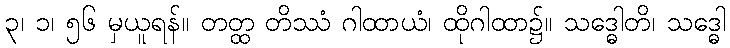
၃၊ ၁၊ ၅၆ မှယူရန်။ တတ္ထ တိဿံ ဂါထာယံ၊ ထိုဂါထာ၌။ သဒ္ဓေါတိ၊ သဒ္ဓေါ